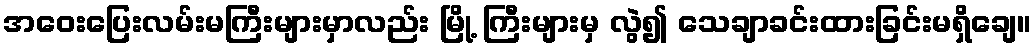
အဝေးပြေးလမ်းမကြီးများမှာလည်း မြို့ ကြီးများမှ လွဲ၍ သေချာခင်းထားခြင်းမရှိချေ။